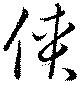
侠